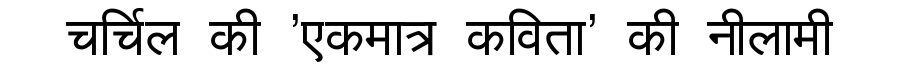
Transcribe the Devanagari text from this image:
चर्चिल की 'एकमात्र कविता' की नीलामी